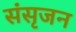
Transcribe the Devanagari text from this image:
संसृजन